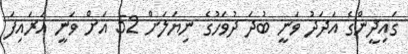
ގައިދީންގެ އަދަދު ވަނީ ބުދަ ދުވަހުގެ ނިޔަލަށް 52 އަށް ވަނީ އަރައިފަ